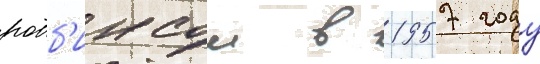
робб'инсом в 1957 году